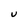
Character: U